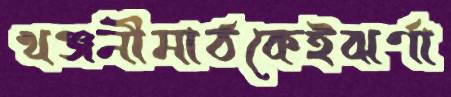
খঞ্জনীমাঠকেইঝর্ণা